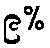
၉%